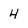
Character: 4